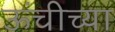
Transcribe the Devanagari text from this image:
ऊंचीच्या